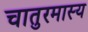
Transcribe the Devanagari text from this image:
चातुरमास्य